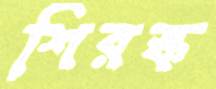
শিরস্ক